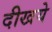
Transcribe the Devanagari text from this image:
दीखये